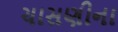
ચાસણીના